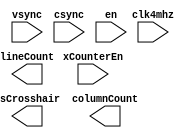
module crosshair_module(
	input vsync,
	input csync,
	input clk4mhz,
	input en,
	input xCounterEn,
	output isCrosshair,
	output [8 : 0] lineCount,
	output [8 : 0] columnCount
    );

	// wire en;
	// wire xCounterEn;


	
	//x & y index
	

	


endmodule